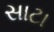
સાટા